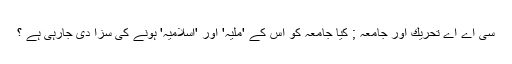
سى اے اے تحريك اور جامعہ ; كيا جامعہ كو اس كے 'ملّيہ' اور 'اسلاميہ' ہونے كى سزا دى جارہى ہے ؟